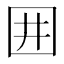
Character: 囲